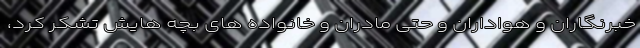
خبرنگاران و هواداران و حتی مادران و خانواده های بچه هایش تشکر کرد،